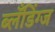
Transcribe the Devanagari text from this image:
ब्लँडिंग्ज